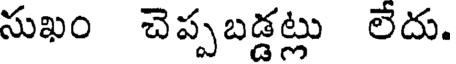
సుఖం చెప్పబడ్డట్లు లేదు.